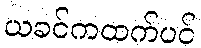
ယခင်ကထက်ပင်